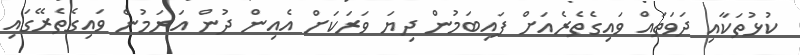
ކުޅުތަކާއި ދަވަތައް ވައިގެތެރެއަށް ފައިބަމުން ދިޔަ ވަރަކަށް އެއިން ދުން އަރަމުން ވައިގެތެރޭގައި